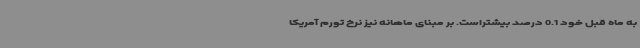
به ماه قبل خود 0.1 درصد بیشتراست. بر مبنای ماهانه نیز نرخ تورم آمریکا